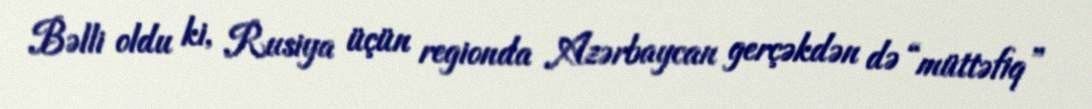
Bəlli oldu ki, Rusiya üçün regionda Azərbaycan gerçəkdən də “müttəfiq”